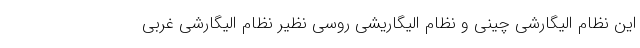
این نظام الیگارشی چینی و نظام الیگاریشی روسی نظیر نظام الیگارشی غربی